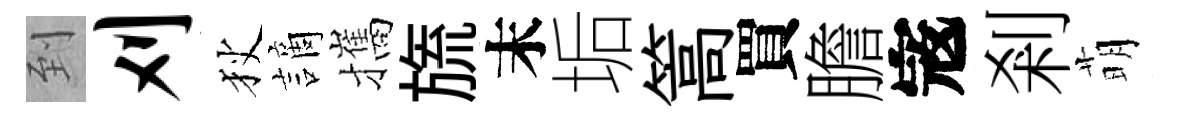
到刈狄謫攜旒末垢篙買膽𡨥剎萌